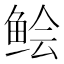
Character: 鲙